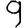
Digit: 9